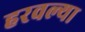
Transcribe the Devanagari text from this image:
हरवल्या